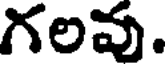
గలవు.